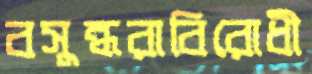
বসুন্ধরাবিরোধী